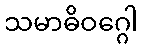
သမာဓိဝဂ္ဂေါ